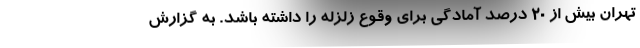
تهران بیش از 20 درصد آمادگی برای وقوع زلزله را داشته باشد. به گزارش